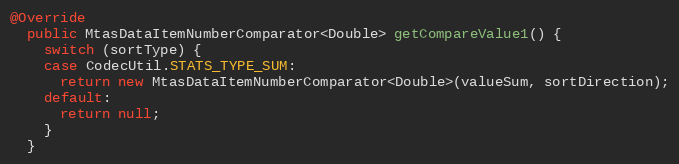
Language: Java
@Override
  public MtasDataItemNumberComparator<Double> getCompareValue1() {
    switch (sortType) {
    case CodecUtil.STATS_TYPE_SUM:
      return new MtasDataItemNumberComparator<Double>(valueSum, sortDirection);
    default:
      return null;
    }
  }